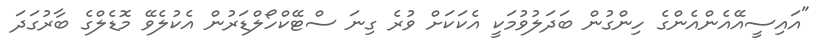
"އައިސީއޭއެންއެންގެ ހިންގުން ބަދަލުވުމަކީ އެކަކަށް ވުރެ ގިނަ ސްޓޭކްހޯލްޑަރުން އެކުލެވޭ މޮޑެލްގެ ބާރުގަދަ